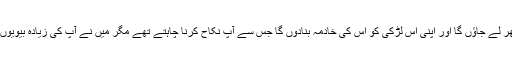
وزیر نے کہا میں اسے اپنے گھر لے جاؤں گا اور اپنی اس لڑکی کو اس کی خادمہ بنادوں گا جس سے آپ نکاح کرنا چاہتے تھے مگر میں نے آپ کی زیادہ بیویوں کی وجہ سے انکار کر دیا تھا ۔